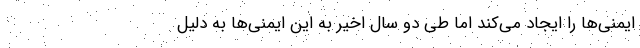
ایمنی‌ها را ایجاد می‌کند اما طی دو سال اخیر به این ایمنی‌ها به دلیل